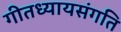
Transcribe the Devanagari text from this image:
गीतध्यायसंगति